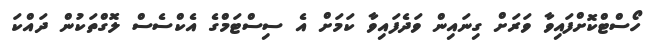
ހޯސްޓްކޮށްފައިވާ ވަރަށް ގިނައިން ވަދެފައިވާ ކަމަށް އެ ސިސްޓަމްގެ އެކްސެސް ލޮގްތަކުން ދައްކަ